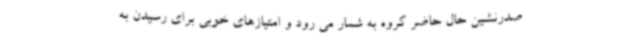
صدرنشین حال حاضر گروه به شمار می رود و امتیازهای خوبی برای رسیدن به